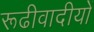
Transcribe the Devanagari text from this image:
रूढीवादीयों